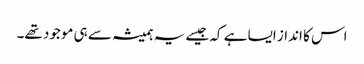
اس کا انداز ایسا ہے کہ جیسے یہ ہمیشہ سے ہی موجود تھے۔